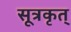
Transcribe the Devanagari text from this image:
सूत्रकृत्